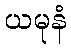
ယမုနံ